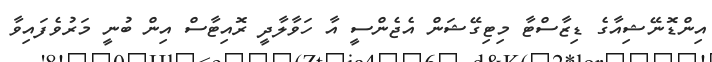
އިންޑޮނޭޝިއާގެ ޑިޒާސްޓާ މިޓިގޭޝަން އެޖެންސީ އާ ހަވާލާދީ ރޮއިޓާސް އިން ބުނީ މަރުވެފައިވާ